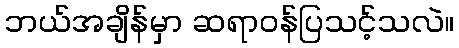
ဘယ်အချိန်မှာ ဆရာဝန်ပြသင့်သလဲ။